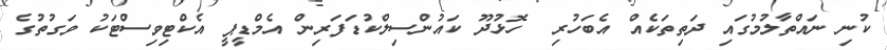
ކުނި ނައްތާލުމުގައި ދަތިތަކެއް އެބަހުރި  ހޮޅުދޫ ކައުންސިލްކުޑަފަރިން އެމްޑީޕީ އެކްޓިވިސްޓަކު ވަގުތުގެ